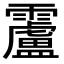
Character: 𩆴